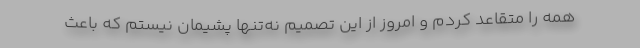
همه را متقاعد کردم و امروز از این تصمیم نه‌تنها پشیمان نیستم که باعث